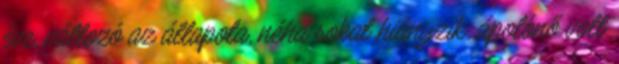
éve, változó az állapota, néha sokat hiányzik, ápolónő volt